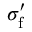
\sigma _ { \mathrm { f } } ^ { \prime }